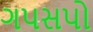
ગપસપો